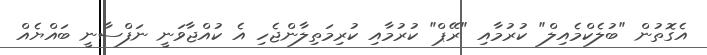
އެގޮތުން "ބުލެކްމެއިލް" ކުރުމާއި "ރޭޕް" ކުރުމާއި ކުރިމަތިލާންޖެހި އެ ކުއްޖާވަނީ ނަފްސާނީ ބައްޔެއް